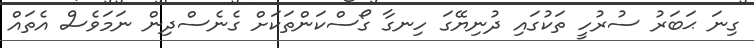
ގިނަ ޙަބަރު ސުރުހީ ތަކުގައި ދުނިޔޭގަ ހިނގާ ގޯސްކަންތަކަށް ގެނެސްދިން ނަމަވެސް އެތަައް